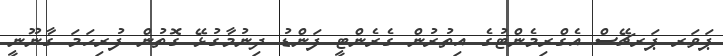
ޕަވަރ ޕަރޗޭސް އެގްރިމެންޓުގެ އިތުރުން ގެރެންޓީ ފަންޑު ދިނުމާގުޅޭ ގޮތުން ފުރިހަމަ ގާނޫނީ